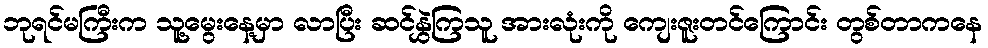
ဘုရင်မကြီးက သူ့မွေးနေ့မှာ လာပြီး ဆင်နွှဲကြသူ အားလုံးကို ကျေးဇူးတင်ကြောင်း တွစ်တာကနေ